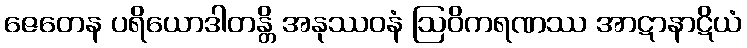
ဇေတေန ပရိယောဒါတန္တိ အနုဿဝနံ ဩဝိကရဏဿ အာဋာနာဋိယံ